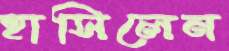
হাসিলেন